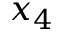
x _ { 4 }